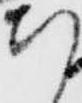
ち